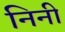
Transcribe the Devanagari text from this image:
निनी